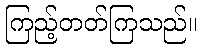
ကြည့်တတ်ကြသည်။